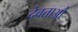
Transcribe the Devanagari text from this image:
देवताऔं